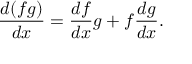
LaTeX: { \frac { d ( f g ) } { d x } } = { \frac { d f } { d x } } g + f { \frac { d g } { d x } } .